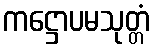
ကဋ္ဌောပမသုတ္တံ